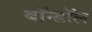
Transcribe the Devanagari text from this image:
बॉन्डॉल